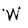
Character: W